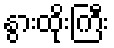
နွားထိုးကြီး